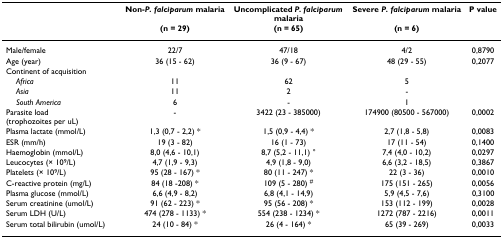
<table><thead><tr><td></td><td><b>Non-<i>P. falciparum </i>malaria</b></td><td><b>Uncomplicated <i>P. falciparum </i>malaria</b></td><td><b>Severe <i>P. falciparum </i>malaria</b></td><td><b>P value</b></td></tr><tr><td></td><td><b>(n = 29)</b></td><td><b>(n = 65)</b></td><td><b>(n = 6)</b></td><td></td></tr></thead><tbody><tr><td>Male/female</td><td>22/7</td><td>47/18</td><td>4/2</td><td>0,8790</td></tr><tr><td>Age (year)</td><td>36 (15 - 62)</td><td>36 (9 - 67)</td><td>48 (29 - 55)</td><td>0,2077</td></tr><tr><td>Continent of acquisition</td><td></td><td></td><td></td><td></td></tr><tr><td> <i>Africa</i></td><td>11</td><td>62</td><td>5</td><td></td></tr><tr><td> <i>Asia</i></td><td>11</td><td>2</td><td>-</td><td></td></tr><tr><td> <i>South America</i></td><td>6</td><td>-</td><td>1</td><td></td></tr><tr><td>Parasite load (trophozoites per uL)</td><td>-</td><td>3422 (23 - 385000)</td><td>174900 (80500 - 567000)</td><td>0,0002</td></tr><tr><td>Plasma lactate (mmol/L)</td><td>1,3 (0,7 - 2,2) *</td><td>1,5 (0,9 - 4,4) *</td><td>2,7 (1,8 - 5,8)</td><td>0,0083</td></tr><tr><td>ESR (mm/h)</td><td>19 (3 - 82)</td><td>16 (1 - 73)</td><td>17 (11 - 54)</td><td>0,1400</td></tr><tr><td>Haemoglobin (mmol/L)</td><td>8,0 (4,6 - 10,1)</td><td>8,7 (5,2 - 11,1) °</td><td>7,4 (4,0 - 10,2)</td><td>0,0297</td></tr><tr><td>Leucocytes (× 10<sup>9</sup>/L)</td><td>4,7 (1,9 - 9,3)</td><td>4,9 (1,8 - 9,0)</td><td>6,6 (3,2 - 18,5)</td><td>0,3867</td></tr><tr><td>Platelets (× 10<sup>9</sup>/L)</td><td>95 (28 - 167) *</td><td>80 (11 - 247) *</td><td>22 (3 - 36)</td><td>0,0010</td></tr><tr><td>C-reactive protein (mg/L)</td><td>84 (18 -208) *</td><td>109 (5 - 280) <sup>#</sup></td><td>175 (151 - 265)</td><td>0,0056</td></tr><tr><td>Plasma glucose (mmol/L)</td><td>6,6 (4,9 - 8,2)</td><td>6,8 (4,1 - 14,9)</td><td>5,9 (4,5 - 7,6)</td><td>0,3100</td></tr><tr><td>Serum creatinine (umol/L)</td><td>91 (62 - 223) *</td><td>95 (56 - 208) *</td><td>153 (112 - 199)</td><td>0,0028</td></tr><tr><td>Serum LDH (U/L)</td><td>474 (278 - 1133) *</td><td>554 (238 - 1234) *</td><td>1272 (787 - 2216)</td><td>0,0011</td></tr><tr><td>Serum total bilirubin (umol/L)</td><td>24 (10 - 84) *</td><td>26 (4 - 164) *</td><td>65 (39 - 269)</td><td>0,0033</td></tr></tbody></table>